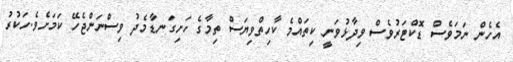
އެހެން ނަމަވެސް ޑޮކްޓަރުވެސް ވިދާޅުވަނީ ކިތައްމެ ކާހިތްވިޔަސް ތިމާގެ ހަށިގަނޑާމެދު ވިސްނަންޖެހޭ ކަމަށެވެ.ހަކުރު